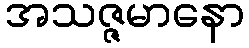
အသဇ္ဇမာနော